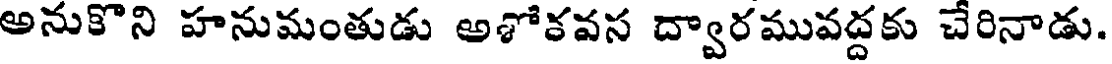
అనుకొని హనుమంతుడు అశోకవస ద్వారమువద్దకు చేరినాడు.